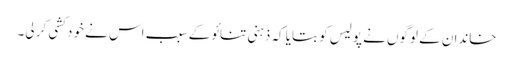
خاندان کے لوگوں نے پولیس کو بتایا کہ ذہنی تنائو کے سبب اس نے خود کشی کر لی۔